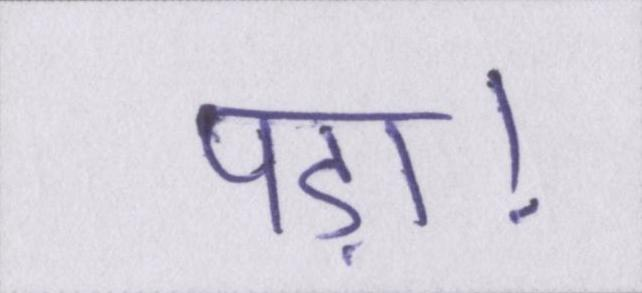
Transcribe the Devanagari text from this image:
पड़ा।